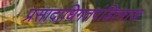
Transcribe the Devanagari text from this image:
प्रसादाधिगतपंडितराज